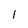
Character: 1